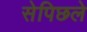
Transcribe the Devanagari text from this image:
सेपिछले